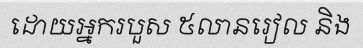
ដោយអ្នករបួស ៥លានរៀល និង